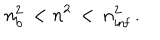
LaTeX: n _ { \mathrm { b } } ^ { 2 } \, < n ^ { 2 } \, < \, n _ { \mathrm { i n f } } ^ { 2 } \, .